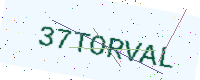
Text: 37TORVAL